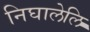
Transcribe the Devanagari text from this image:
निघालेलि